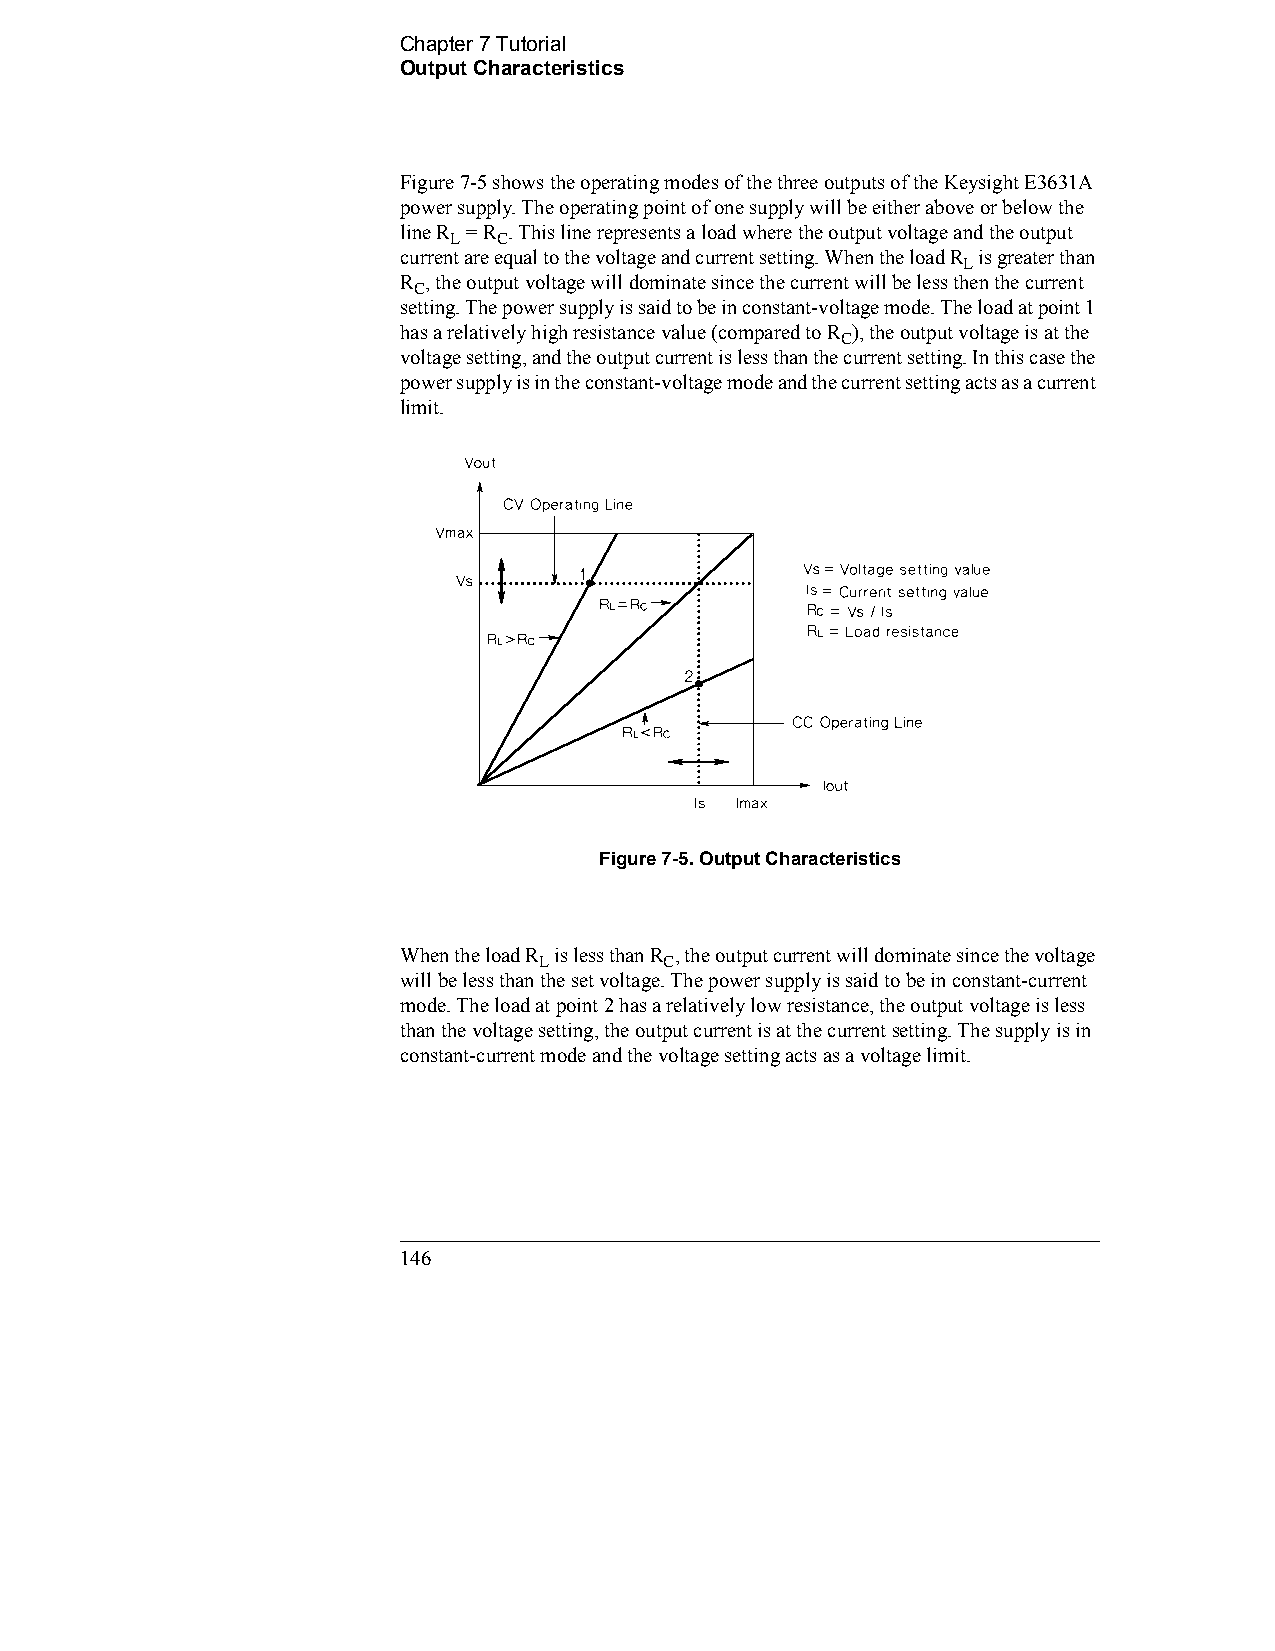
Chapter 7 Tutorial                      
 Output Characteristics
 Figure 7-5 shows the operating modes of the three outputs of the Keysight E3631A
 power supply. The operating point of one supply will be either above or below the
 line R = R . This line represents a load where the output voltage and the output
 L  C
 current are equal to the voltage and current setting. When the load R is greater than
 L
 R , the output voltage will dominate since the current will be less then the current
 C
 setting. The power supply is said to be in constant-voltage mode. The load at point 1
 has a relatively high resistance value (compared to R ), the output voltage is at the
 C
 voltage setting, and the output current is less than the current setting. In this case the
 power supply is in the constant-voltage mode and the current setting acts as a current
 limit.
 Figure 7-5. Output Characteristics
 When the load R is less than R , the output current will dominate since the voltage
 L       C
 will be less than the set voltage. The power supply is said to be in constant-current
 mode. The load at point 2 has a relatively low resistance, the output voltage is less
 than the voltage setting, the output current is at the current setting. The supply is in
 constant-current mode and the voltage setting acts as a voltage limit.
 146                                            